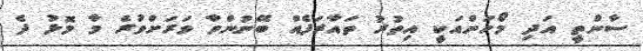
ސާންތީ އަދި މޯހަންއަކީ އިތުރު ތައާރަފެއް ބޭނުންވާ ވަރަށްވުރެ މާ މޮޅު ދެ